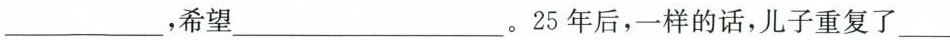
___，希望___。25年后，一样的话，儿子重复了___